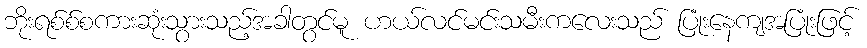
ဘိုးရစ်စ်စကားဆုံးသွားသည့်အခါတွင်မူ ဟယ်လင်မင်းသမီးကလေးသည် ပြုံးနေကျအပြုံးဖြင့်